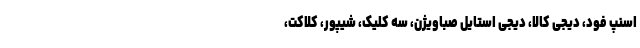
اسنپ فود، دیجی کالا، دیجی استایل صباویژن، سه کلیک، شیپور، کلاکت،